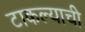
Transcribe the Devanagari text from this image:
टाकल्याची